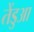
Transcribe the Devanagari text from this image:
तेंडुआ